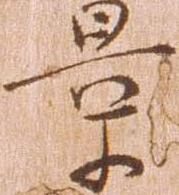
景